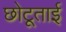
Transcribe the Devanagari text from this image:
छोटूताई